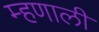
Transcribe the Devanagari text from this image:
म्‍हणाली